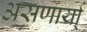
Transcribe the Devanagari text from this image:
असणार्या्